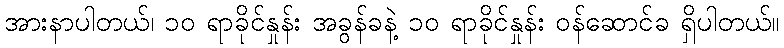
အားနာပါတယ်၊ ၁၀ ရာခိုင်နှုန်း အခွန်ခနဲ့ ၁၀ ရာခိုင်နှုန်း ဝန်ဆောင်ခ ရှိပါတယ်။